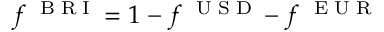
f ^ { \mathrm { ~ \tiny ~ B ~ R ~ I ~ } } = 1 - f ^ { \mathrm { ~ \tiny ~ U ~ S ~ D ~ } } - f ^ { \mathrm { ~ \tiny ~ E ~ U ~ R ~ } }